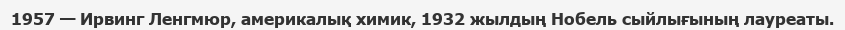
1957 — Ирвинг Ленгмюр, америкалық химик, 1932 жылдың Нобель сыйлығының лауреаты.